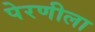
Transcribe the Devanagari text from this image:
पेरणीला